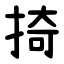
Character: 掎